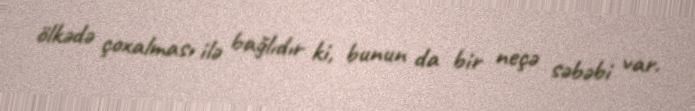
ölkədə çoxalması ilə bağlıdır ki, bunun da bir neçə səbəbi var.